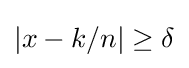
|x-k/n|\geq \delta